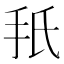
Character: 𫼙